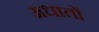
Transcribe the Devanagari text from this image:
अधातों